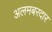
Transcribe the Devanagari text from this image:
अलमबरदार